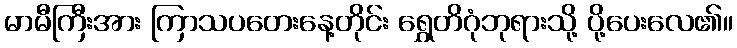
မာမီကြီးအား ကြာသပတေးနေ့တိုင်း ရွှေတိဂုံဘုရားသို့ ပို့ပေးလေ၏။